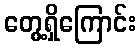
တွေ့ရှိကြောင်း